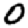
Digit: 0